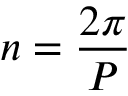
n = { \frac { 2 \pi } { P } }